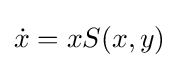
{\dot {x}}=xS(x,y)